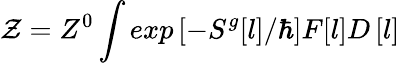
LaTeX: \mathcal{Z}=Z^{0}\int exp\left[-S^{g}[l]/\hbar\right]F[l]D\left[l\right]